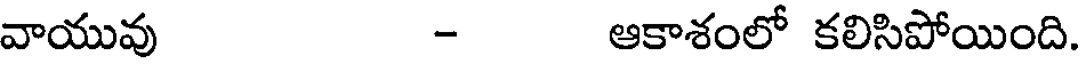
వాయువు - ఆకాశంలో కలిసిపోయింది.